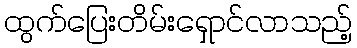
ထွက်ပြေးတိမ်းရှောင်လာသည့်